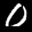
Label: 0